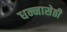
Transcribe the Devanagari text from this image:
धन्नासेठी